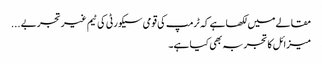
مقالے میں لکھا ہے کہ ٹرمپ کی قومی سیکورٹی کی ٹیم غیر تجربے ...
میزائل کا تجربہ بھی کیا ہے۔